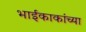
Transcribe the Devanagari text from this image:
भाईकाकांच्या